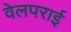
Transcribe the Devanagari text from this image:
वेलपराई